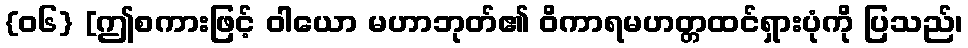
{၀၆} [ဤစကားဖြင့် ဝါယော မဟာဘုတ်၏ ဝိကာရမဟတ္တထင်ရှားပုံကို ပြသည်၊